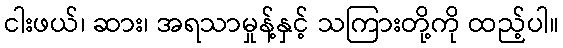
ငါးဖယ်၊ ဆား၊ အရသာမှုန့်နှင့် သကြားတို့ကို ထည့်ပါ။